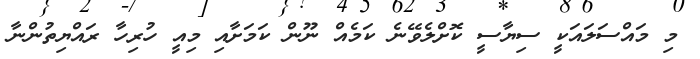
މި މައްސަލައަކީ ސިޔާސީ ކޮށްލެވޭނެ ކަމެއް ނޫން ކަމަށާއި މިއީ ހުރިހާ ރައްޔިތުންނާ